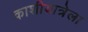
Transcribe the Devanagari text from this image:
काशीयात्रेला